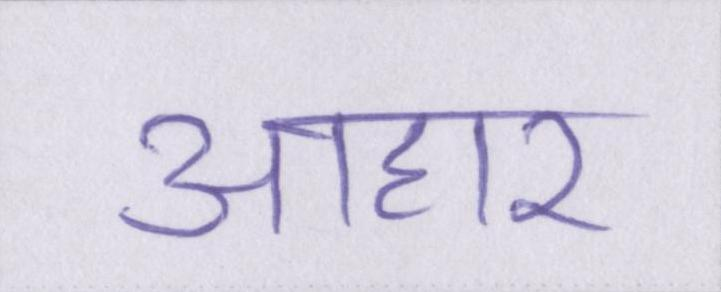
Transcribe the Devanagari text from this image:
आहार